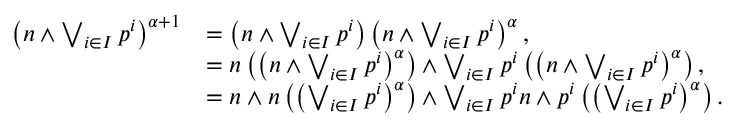
\begin{array} { r l } { \left( n \land \bigvee _ { i \in I } p ^ { i } \right) ^ { \alpha + 1 } } & { = \left( n \land \bigvee _ { i \in I } p ^ { i } \right) \left( n \land \bigvee _ { i \in I } p ^ { i } \right) ^ { \alpha } , } \\ & { = n \left( \left( n \land \bigvee _ { i \in I } p ^ { i } \right) ^ { \alpha } \right) \land \bigvee _ { i \in I } p ^ { i } \left( \left( n \land \bigvee _ { i \in I } p ^ { i } \right) ^ { \alpha } \right) , } \\ & { = n \land n \left( \left( \bigvee _ { i \in I } p ^ { i } \right) ^ { \alpha } \right) \land \bigvee _ { i \in I } p ^ { i } n \land p ^ { i } \left( \left( \bigvee _ { i \in I } p ^ { i } \right) ^ { \alpha } \right) . } \end{array}